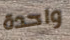
واحدة